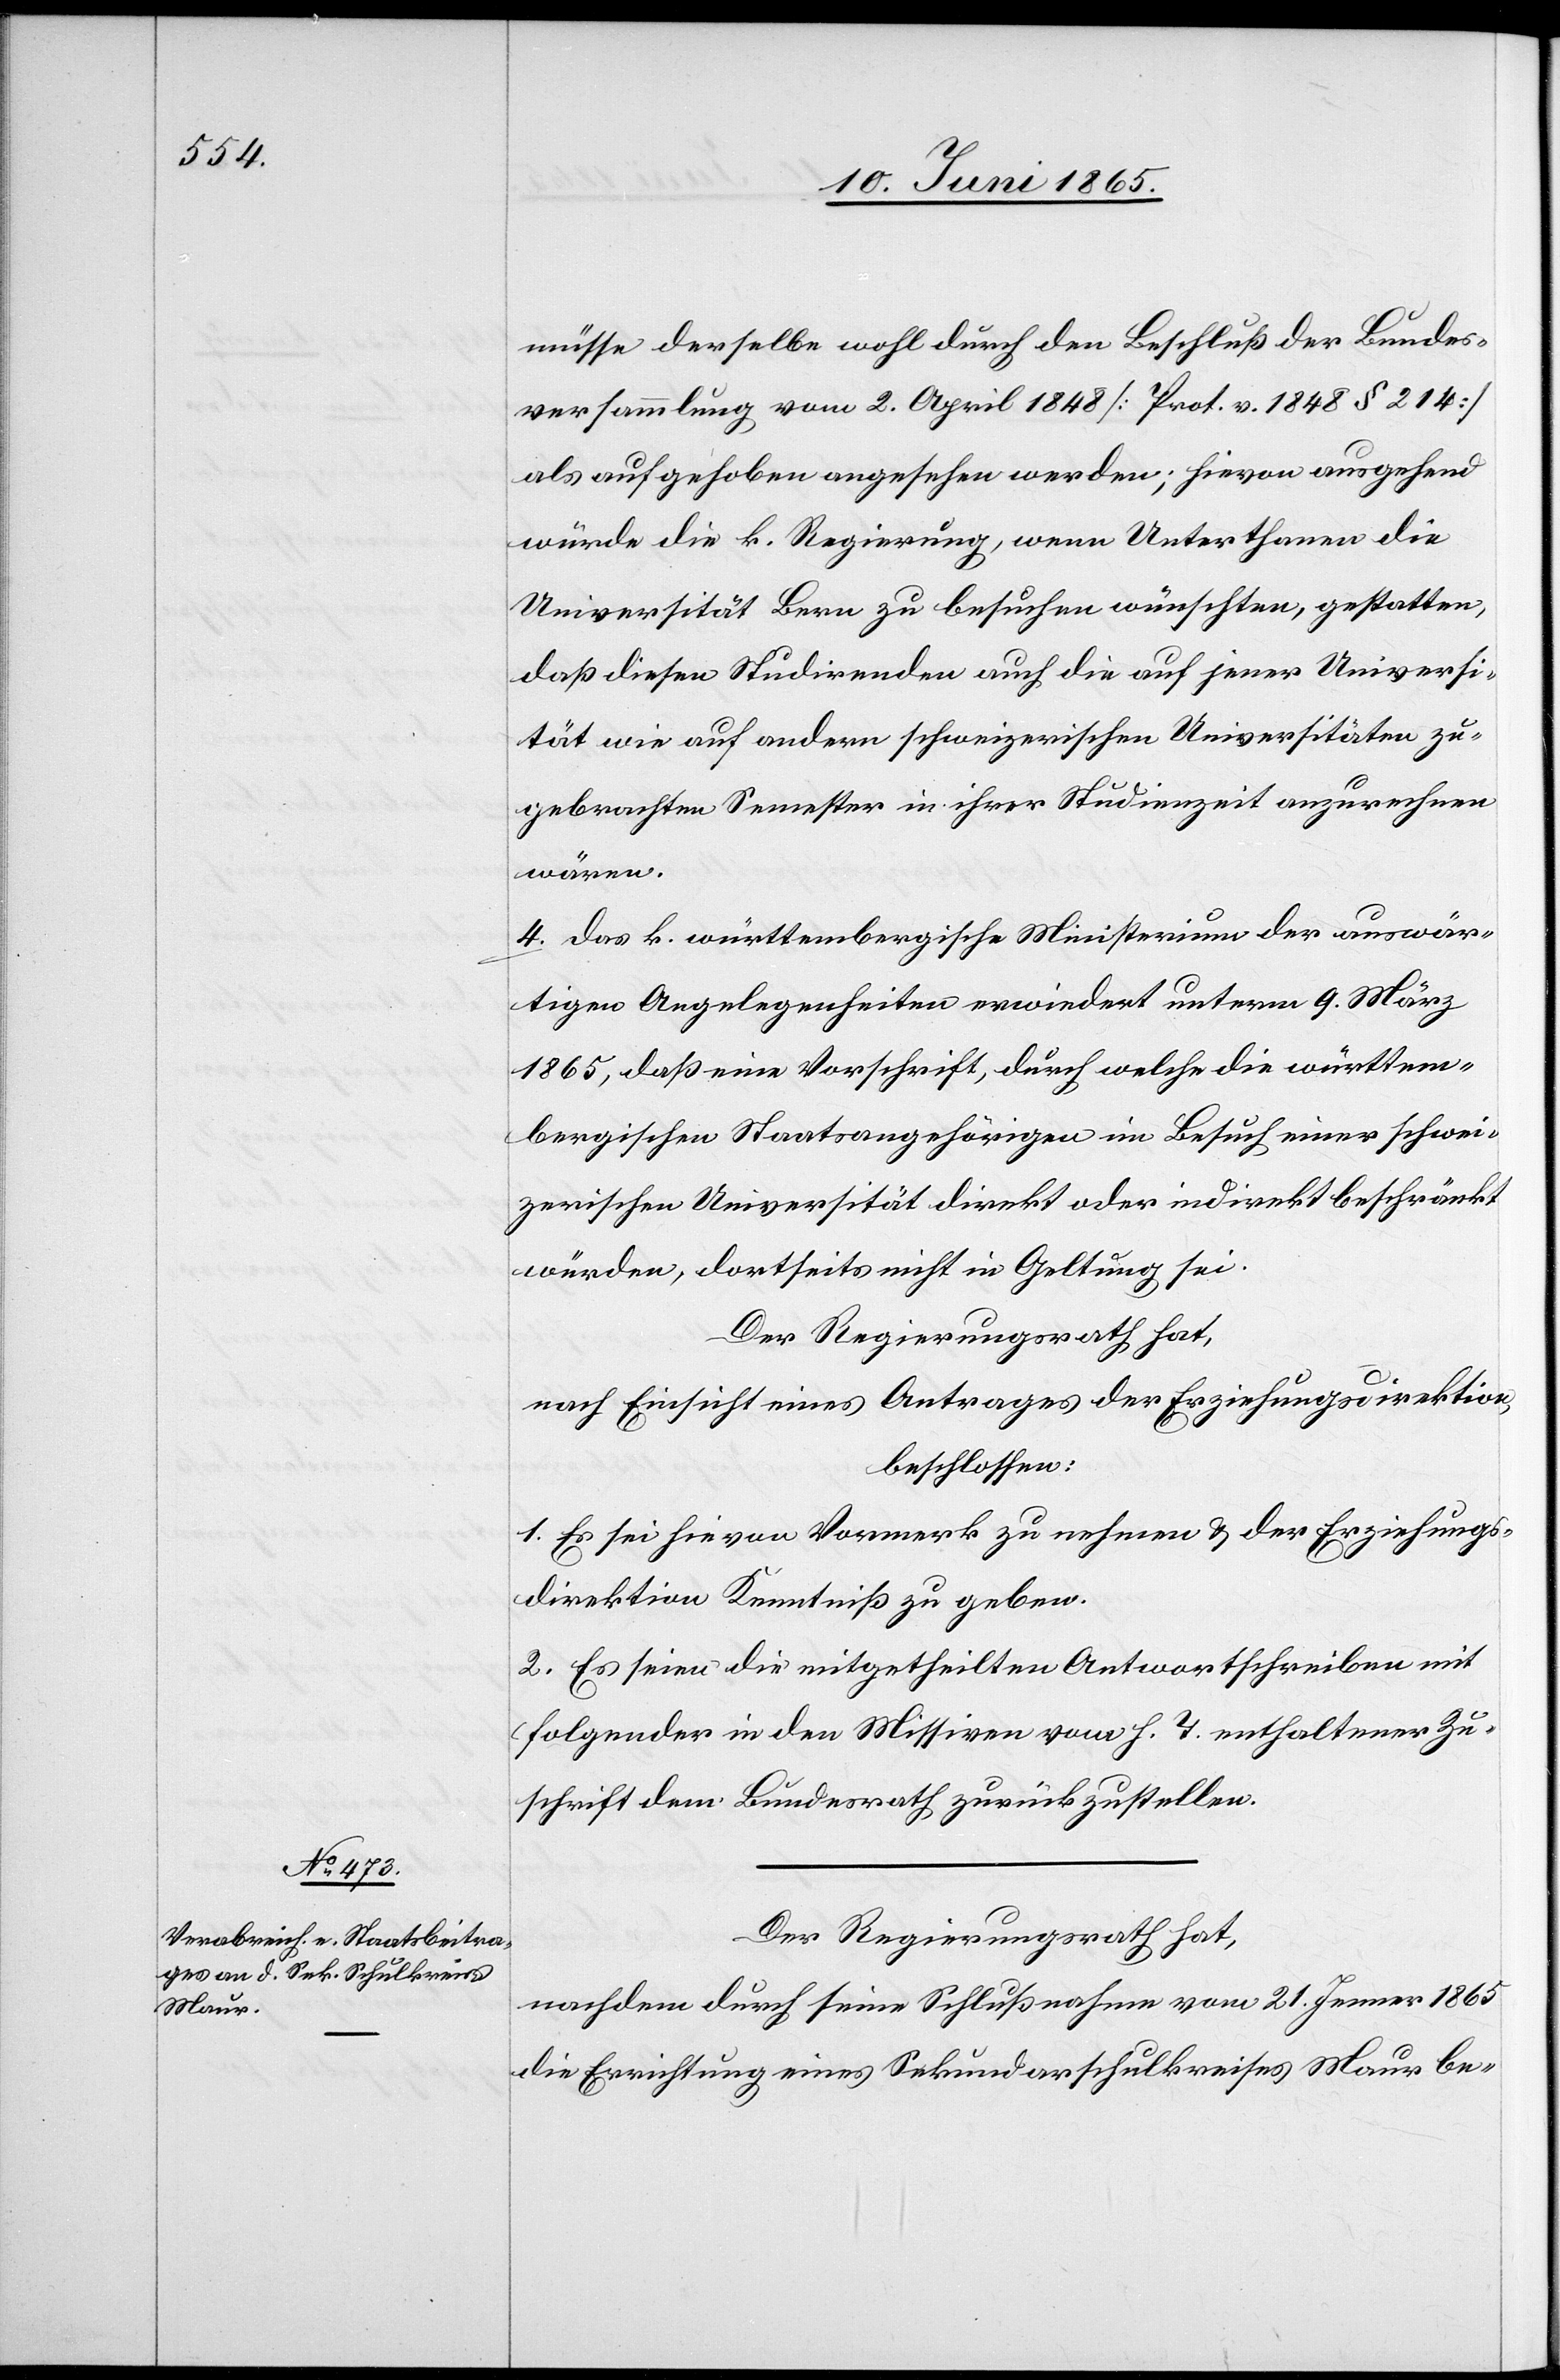
müsse derselbe wohl durch den Beschluß der Bundes¬
versammlung vom 2. April 1848 [Prot. v. 1848 § 214]
als aufgehoben angesehen werden; hievon ausgehend
würde die k. Regierung, wenn Unterthanen die
Universität Bern zu besuchen wünschten, gestatten,
daß diesen Studirenden auch die auf jener Universi¬
tät wie auf andern schweizerischen Universitäten zu¬
gebrachten Semester in ihrer Studienzeit anzurechnen
wären.
4. Das k. württembergische Ministerium der auswär¬
tigen Angelegenheiten erwiedert unterm 9. März
1865, daß eine Vorschrift, durch welche die württem¬
bergischen Staatsangehörigen, im Besuch einer schwei¬
zerischen Universität direkt oder indirekt beschränkt
würden, dortseits nicht in Geltung sei.
Der Regierungsrath hat,
nach Einsicht eines Antrages der Erziehungsdirektion,
beschlossen:
1. Es sei hie von Vormerk zu nehmen & der Erziehungs¬
direktion Kenntniß zu geben.
2. Es seien die mitgetheilten Antwortschreiben mit
folgender in den Missiven vom h. T. enthaltener Zu¬
schrift dem Bundesrath zurückzustellen.
Der Regierungsrath hat,
nachdem durch seine Schlußnahme vom 21. Jenner 1865
die Errichtung eines Sekundarschulkreises Maur be-